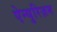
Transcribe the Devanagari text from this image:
ऐन्युरिज़म